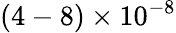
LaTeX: (4-8)\times 10^{-8}